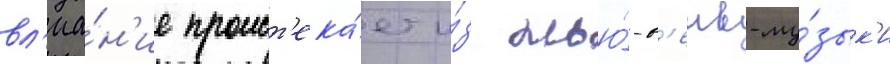
вл'иа́н'ие проист'ека́ет и́з нью́-в'еив-му́зык'и